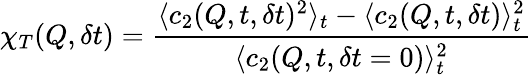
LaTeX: \chi_{T}(Q,\delta t)=\frac{\langle c_{2}(Q,t,\delta t)^{2}\rangle_{t}-\langle c_{2}(Q,t,\delta t)\rangle_{t}^{2}}{\langle c_{2}(Q,t,\delta t=0)\rangle_{t}^{2}}